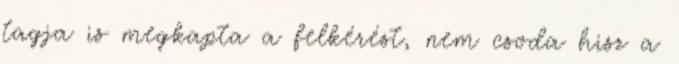
tagja is megkapta a felkérést, nem csoda hisz a